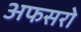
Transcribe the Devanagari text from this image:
अफसरो